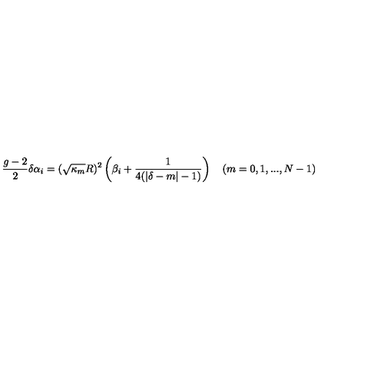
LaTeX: { \frac { g - 2 } { 2 } } \delta \alpha _ { i } = ( \sqrt { \kappa _ { m } } R ) ^ { 2 } \left( \beta _ { i } + { \frac { 1 } { 4 ( | \delta - m | - 1 ) } } \right) \quad ( m = 0 , 1 , . . . , N - 1 ) \,